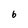
Character: 6